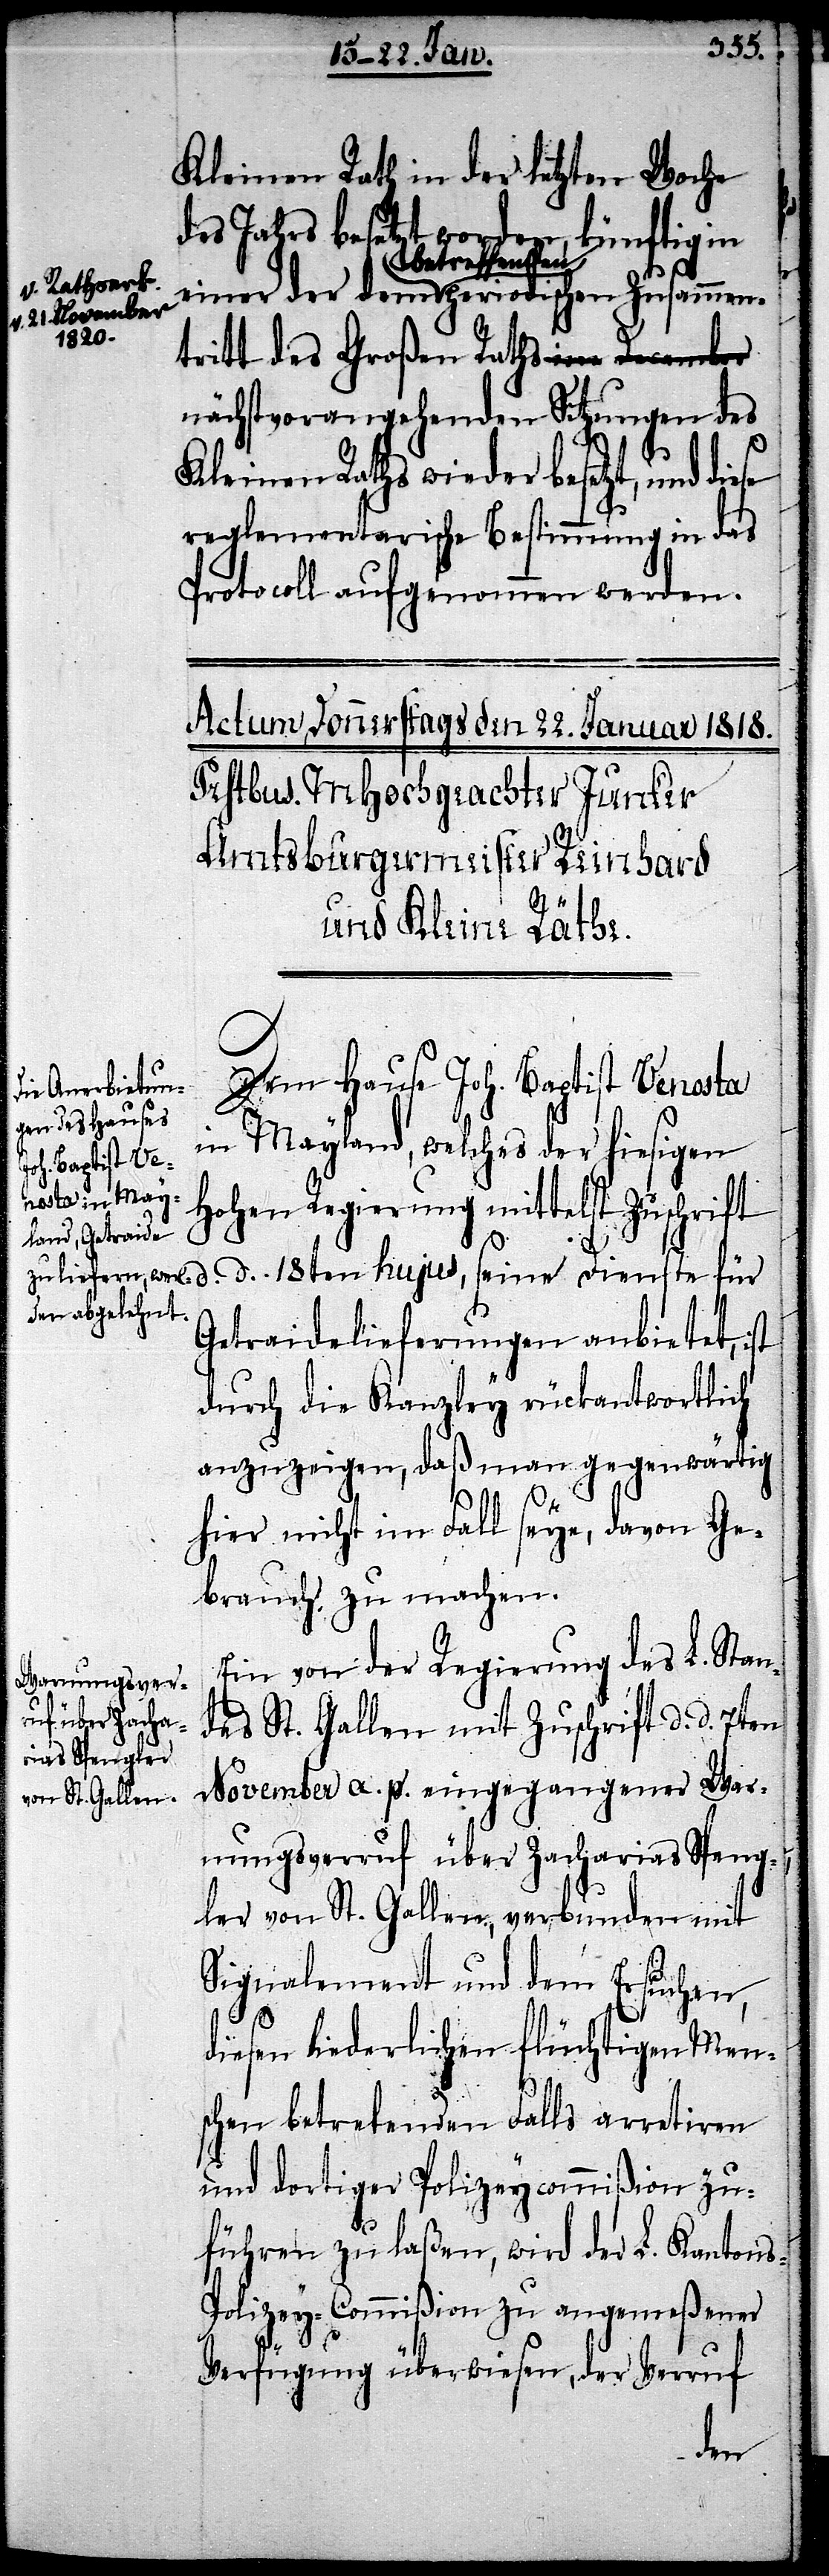
Kleinen Rath in der letzten Woche
des Jahres besetzt worden, künftig in
d.
für
a-betr¬
v. Rathserk.
effenden-a periodischen Zusammen¬
v. 21. November
1820-a
tritt des Großen Raths n¬
ächstvorangehenden Sitzungen des
Kleinen Raths wieder besetzt, und
reglementarische Bestimmung in das
Protocoll aufgenommen werden.
Dem Hause Joh. Baptist Venosta
in Mayland, welches der hiesigen
Hohen Regierung mittelst Zuschrift
Getraidelieferungen anbietet, ist
durch die Kanzley rückantwortlich
anzuzeigen, daß man gegenwärtig
hier nicht im Fall seye, davon Ge¬
brauch zu machen.
Ein von der Regierung des L. Stan¬
des St. Gallen mit Zuschrift d. d. 7ten
November a. p. eingegangener War¬
nungsverruf über Zacharias Speng¬
ler von St. Gallen, verbunden mit
Signalement und dem Ersuchen,
diesen liederlichen flüchtigen Men¬
d.
schen betreffenden Falle arretiren
und dortiger Polizeycommißion zu¬
führen zu laßen, wird der L. Kanton¬
s-Polizey-Commißion zu angemeßener
Verfügung überwiesen, der Verruf
dem